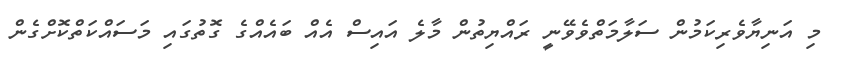
މި އަނިޔާވެރިކަމުން ސަލާމަތްވެވޭނީ ރައްޔިތުން މާލެ އައިސް އެއް ބައެއްގެ ގޮތުގައި މަސައްކަތްކޮށްގެން